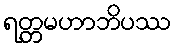
ရတ္တမဟာဘိပဿ